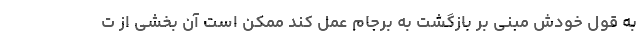
به قول خودش مبنی بر بازگشت به برجام عمل کند ممکن است آن بخشی از ت